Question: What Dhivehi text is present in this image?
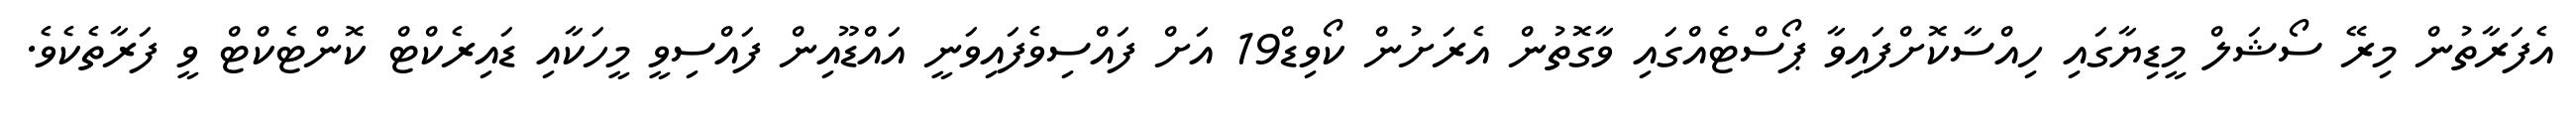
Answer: އެފަރާތުން މިރޭ ސޯޝަލް މީޑިޔާގައި ހިއްސާކޮށްފައިވާ ޕޯސްޓެއްގައި ވާގޮތުން އެރަށުން ކޯވިޑް19 އަށް ފައްސިވެފައިވަނީ އައްޑޫއިން ފައްސިވީ މީހަކާއި ޑައިރެކްޓް ކޮންޓެކްޓް ވީ ފަރާތެކެވެ.